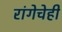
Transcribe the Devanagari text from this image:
रांगेचेही